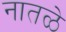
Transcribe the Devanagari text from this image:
नातळे